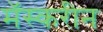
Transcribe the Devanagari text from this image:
मॅस्करीन